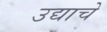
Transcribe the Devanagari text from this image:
उद्याचे